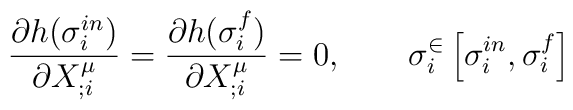
\frac{\partial h(\sigma _{i}^{in})}{\partial X^{\mu}_{;i}}=\frac{\partial h(\sigma _{i}^{f})}{\partial X^{\mu}_{;i}}=0,\qquad\sigma _{i}^{\in}\left[ \sigma _{i}^{in},\sigma _{i}^{f}  \right]